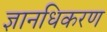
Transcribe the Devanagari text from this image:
ज्ञानधिकरण